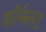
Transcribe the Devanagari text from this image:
कॉर्नब्लट